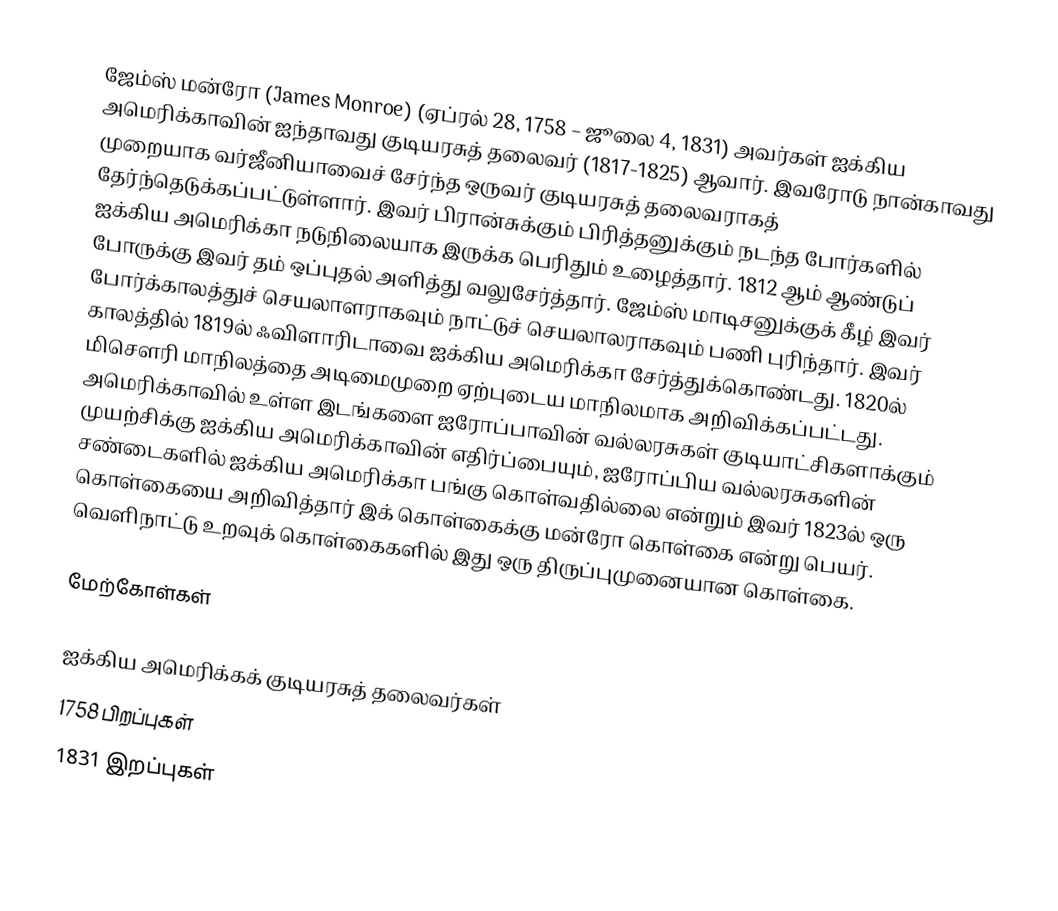
ஜேம்ஸ் மன்ரோ (James Monroe) (ஏப்ரல் 28, 1758 – ஜூலை 4, 1831) அவர்கள் ஐக்கிய அமெரிக்காவின் ஐந்தாவது குடியரசுத் தலைவர் (1817-1825) ஆவார். இவரோடு நான்காவது முறையாக வர்ஜீனியாவைச் சேர்ந்த ஒருவர் குடியரசுத் தலைவராகத் தேர்ந்தெடுக்கப்பட்டுள்ளார். இவர் பிரான்சுக்கும் பிரித்தனுக்கும் நடந்த போர்களில் ஐக்கிய அமெரிக்கா நடுநிலையாக இருக்க பெரிதும் உழைத்தார். 1812 ஆம் ஆண்டுப் போருக்கு இவர் தம் ஒப்புதல் அளித்து வலுசேர்த்தார்.  ஜேம்ஸ் மாடிசனுக்குக் கீழ் இவர் போர்க்காலத்துச் செயலாளராகவும் நாட்டுச் செயலாலராகவும் பணி புரிந்தார். இவர் காலத்தில் 1819ல் ஃவிளாரிடாவை ஐக்கிய அமெரிக்கா சேர்த்துக்கொண்டது. 1820ல் மிசௌரி மாநிலத்தை அடிமைமுறை ஏற்புடைய மாநிலமாக அறிவிக்கப்பட்டது. அமெரிக்காவில் உள்ள இடங்களை ஐரோப்பாவின் வல்லரசுகள் குடியாட்சிகளாக்கும் முயற்சிக்கு ஐக்கிய அமெரிக்காவின் எதிர்ப்பையும், ஐரோப்பிய வல்லரசுகளின் சண்டைகளில் ஐக்கிய அமெரிக்கா பங்கு கொள்வதில்லை என்றும் இவர் 1823ல் ஒரு கொள்கையை அறிவித்தார் இக் கொள்கைக்கு மன்ரோ கொள்கை என்று பெயர். வெளிநாட்டு உறவுக் கொள்கைகளில் இது ஒரு திருப்புமுனையான கொள்கை.

மேற்கோள்கள்

ஐக்கிய அமெரிக்கக் குடியரசுத் தலைவர்கள்
1758 பிறப்புகள்
1831 இறப்புகள்